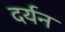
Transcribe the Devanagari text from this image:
दर्यन